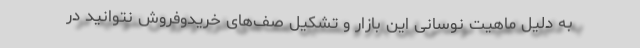
به دلیل ماهیت نوسانی این بازار و تشکیل صف‌های خریدوفروش نتوانید در